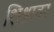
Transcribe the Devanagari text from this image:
शिश्नावर